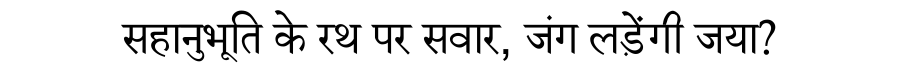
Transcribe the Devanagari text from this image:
सहानुभूति के रथ पर सवार, जंग लड़ेंगी जया?